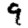
Digit: 9